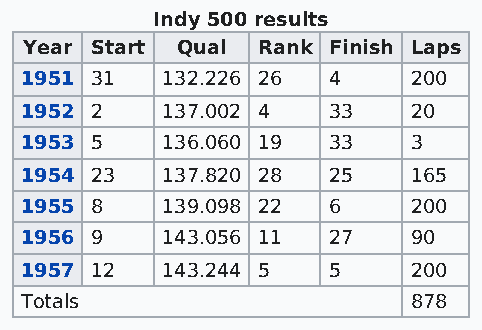
Indy 500 results
 Year Start Qual Rank Finish Laps
 1951 31   132.226 26 4    200
 1952 2    137.002 4  33   20
 1953 5    136.060 19 33   3
 1954 23   137.820 28 25   165
 1955 8    139.098 22 6    200
 1956 9    143.056 11 27   90
 1957 12   143.244 5  5    200
 Totals                    878